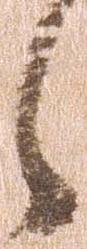
々